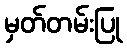
မှတ်တမ်းပြု